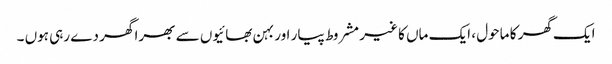
ایک گھر کا ماحول ، ایک ماں کا غیر مشروط پیار اور بہن بھائیوں سے بھرا گھر دے رہی ہوں ۔